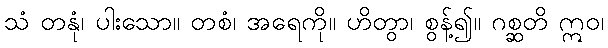
သံ တနုံ၊ ပါးသော။ တစံ၊ အရေကို။ ဟိတွာ၊ စွန့်၍။ ဂစ္ဆတိ ဣဝ၊